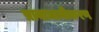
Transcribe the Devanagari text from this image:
प्रावाधानीकरण